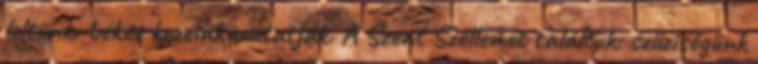
leltünk: békés kezeink mutatják. A Szent Szellemet találtuk: szűziségünk